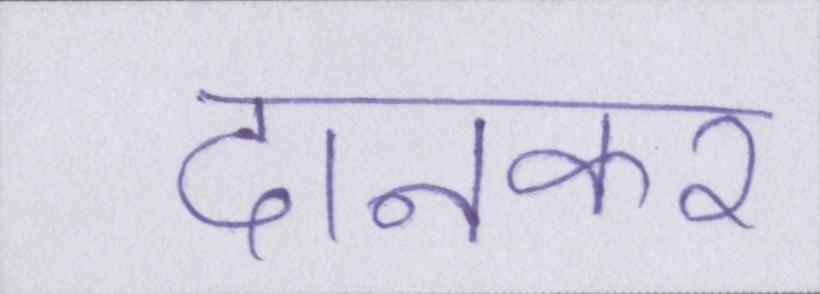
दानकर